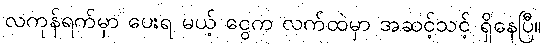
လကုန်ရက်မှာ ပေးရ မယ့် ငွေက လက်ထဲမှာ အဆင့်သင့် ရှိနေပြီ။